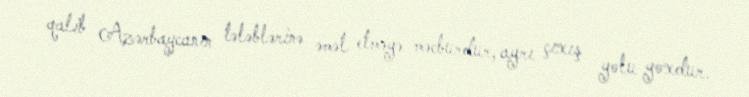
qalib Azərbaycanın tələblərinə əməl etməyə məcburdur, ayrı çıxış yolu yoxdur.